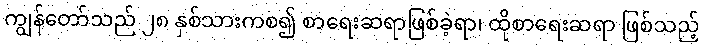
ကျွန်တော်သည် ၂၈ နှစ်သားကစ၍ စာရေးဆရာဖြစ်ခဲ့ရာ၊ ထိုစာရေးဆရာ ဖြစ်သည့်